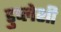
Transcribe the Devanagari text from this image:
डुप्लेशी